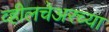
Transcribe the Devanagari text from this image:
व्हीलचेअरच्या